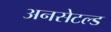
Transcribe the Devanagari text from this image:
अनसेटल्ड